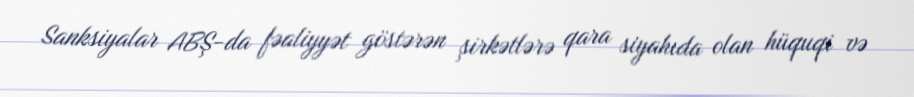
Sanksiyalar ABŞ-da fəaliyyət göstərən şirkətlərə qara siyahıda olan hüquqi və